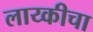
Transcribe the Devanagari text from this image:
लाय्कीचा